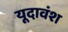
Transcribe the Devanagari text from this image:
यूदावंश